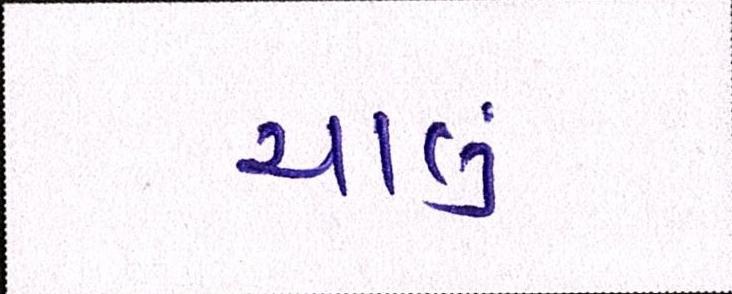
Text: ચાલું